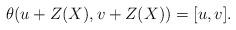
LaTeX: \begin{align*}\theta(u+Z(X),v+Z(X)) = [u,v].\end{align*}